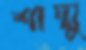
শাম্মু